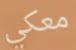
معكي